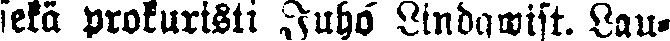
sekä prokuristi Juho Lindqwist. Lau-